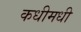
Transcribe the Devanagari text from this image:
कधीमधी